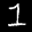
Label: 1